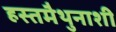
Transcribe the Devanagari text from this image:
हस्तमैथुनाशी